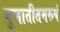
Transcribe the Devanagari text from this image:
गुणातीतमरूपं